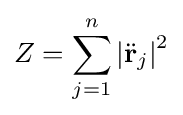
Z=\sum _{j=1}^{n}\left|{\ddot {\mathbf {r} }}_{j}\right|^{2}